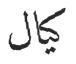
كيال